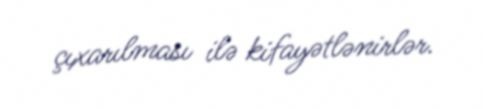
çıxarılması ilə kifayətlənirlər.